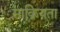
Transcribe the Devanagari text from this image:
साक्रियता